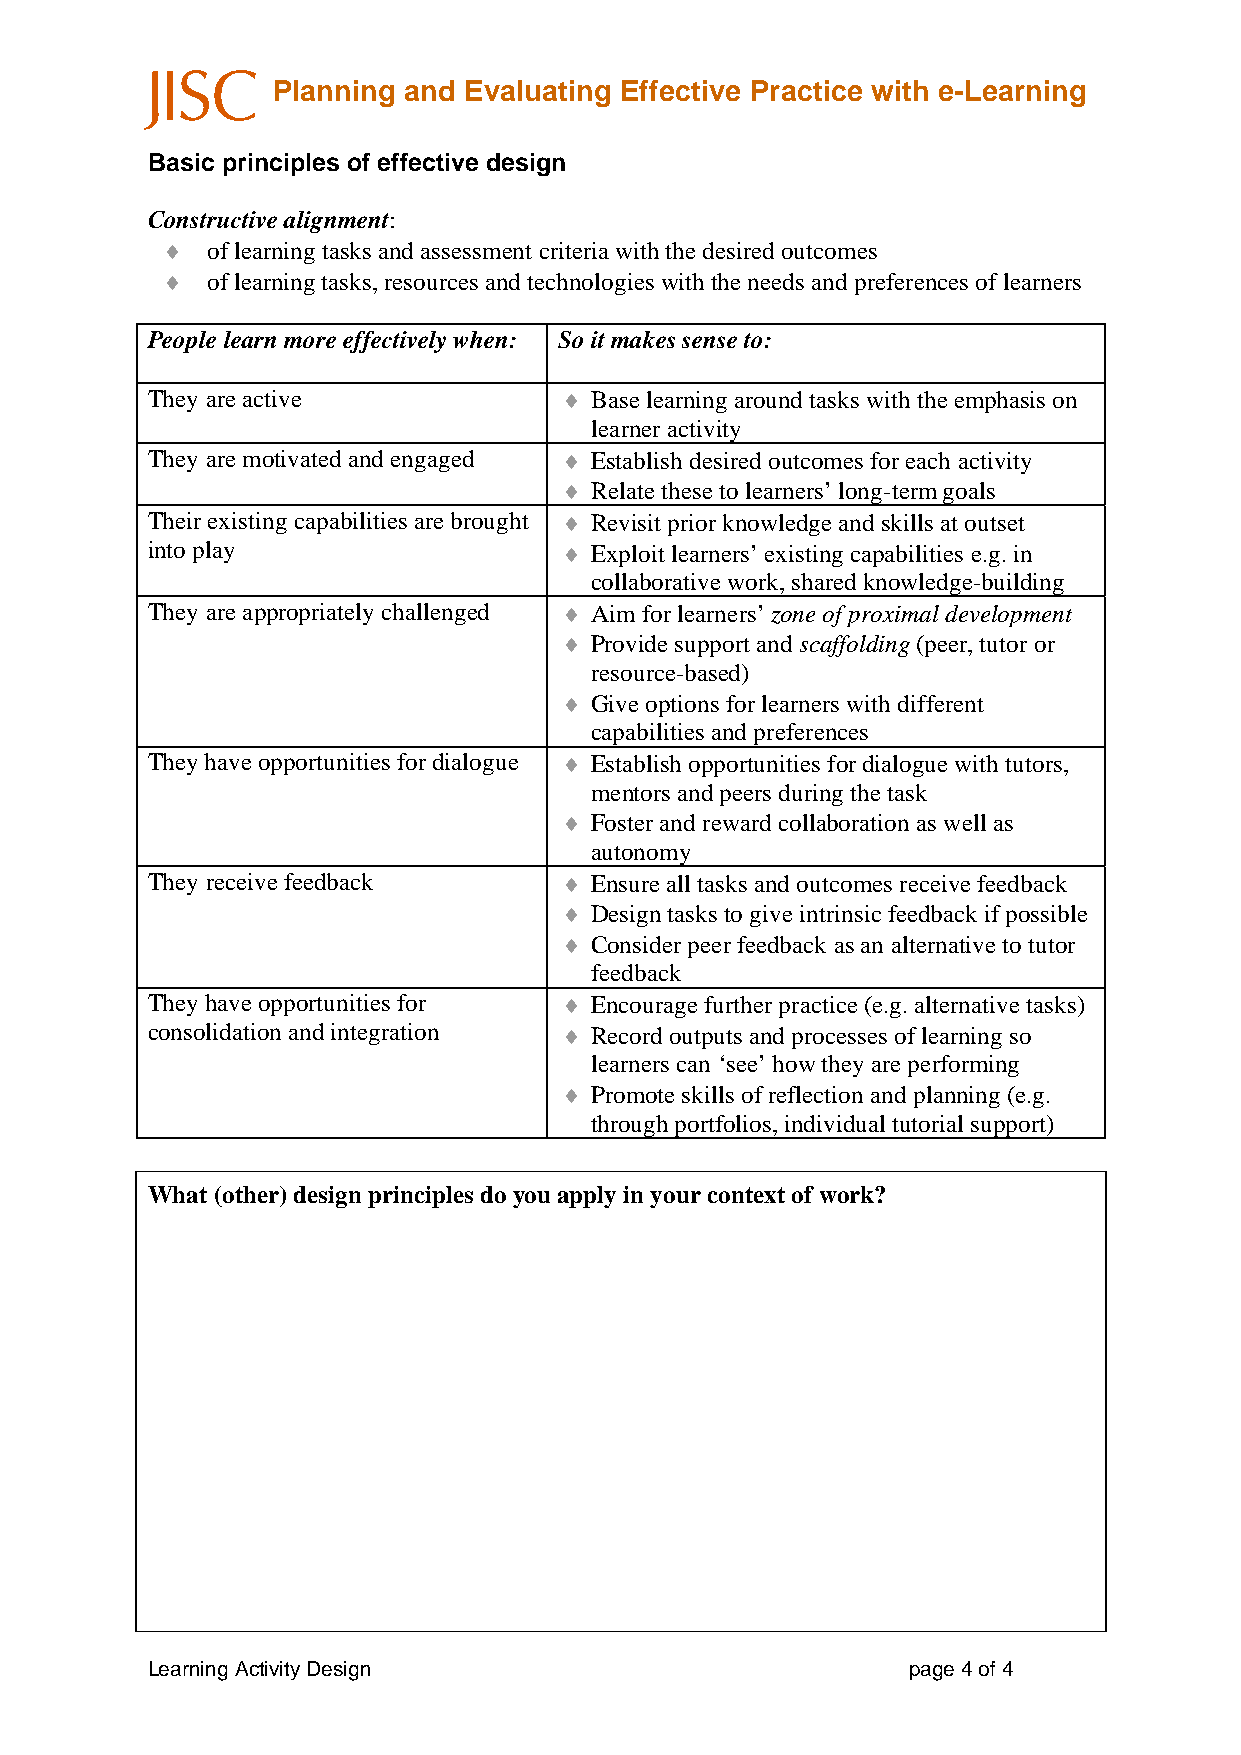
Planning and Evaluating Effective Practice with e-Learning
 Basic principles of effective design
 Constructive alignment:
 ♦  of learning tasks and assessment criteria with the desired outcomes
 ♦  of learning tasks, resources and technologies with the needs and preferences of learners
 People learn more effectively when: So it makes sense to:
 They are active            ♦ Base learning around tasks with the emphasis on
 learner activity
 They are motivated and engaged ♦ Establish desired outcomes for each activity
 ♦ Relate these to learners’ long-term goals
 Their existing capabilities are brought ♦ Revisit prior knowledge and skills at outset
 into play                  ♦ Exploit learners’ existing capabilities e.g. in
 collaborative work, shared knowledge-building
 They are appropriately challenged ♦ Aim for learners’ zone of proximal development
 ♦ Provide support and scaffolding (peer, tutor or
 resource-based)
 ♦ Give options for learners with different
 capabilities and preferences
 They have opportunities for dialogue ♦ Establish opportunities for dialogue with tutors,
 mentors and peers during the task
 ♦ Foster and reward collaboration as well as
 autonomy
 They receive feedback      ♦ Ensure all tasks and outcomes receive feedback
 ♦ Design tasks to give intrinsic feedback if possible
 ♦ Consider peer feedback as an alternative to tutor
 feedback
 They have opportunities for ♦ Encourage further practice (e.g. alternative tasks)
 consolidation and integration ♦ Record outputs and processes of learning so
 learners can ‘see’ how they are performing
 ♦ Promote skills of reflection and planning (e.g.
 through portfolios, individual tutorial support)
 What (other) design principles do you apply in your context of work?
 Learning Activity Design                          page 4 of 4